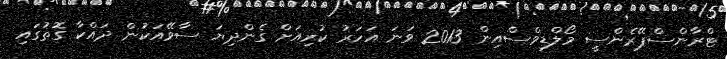
ޓްރާންސްޕޭރެންސީ މޯލްޑިވްސްއިން 2013 ވަނަ އަހަރު ކުރިއަށް ގެންދިޔަ ސާވޭއަކުން ދައްކާ ގޮތުގައި